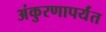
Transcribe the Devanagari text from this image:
अंकुरणापर्यंत